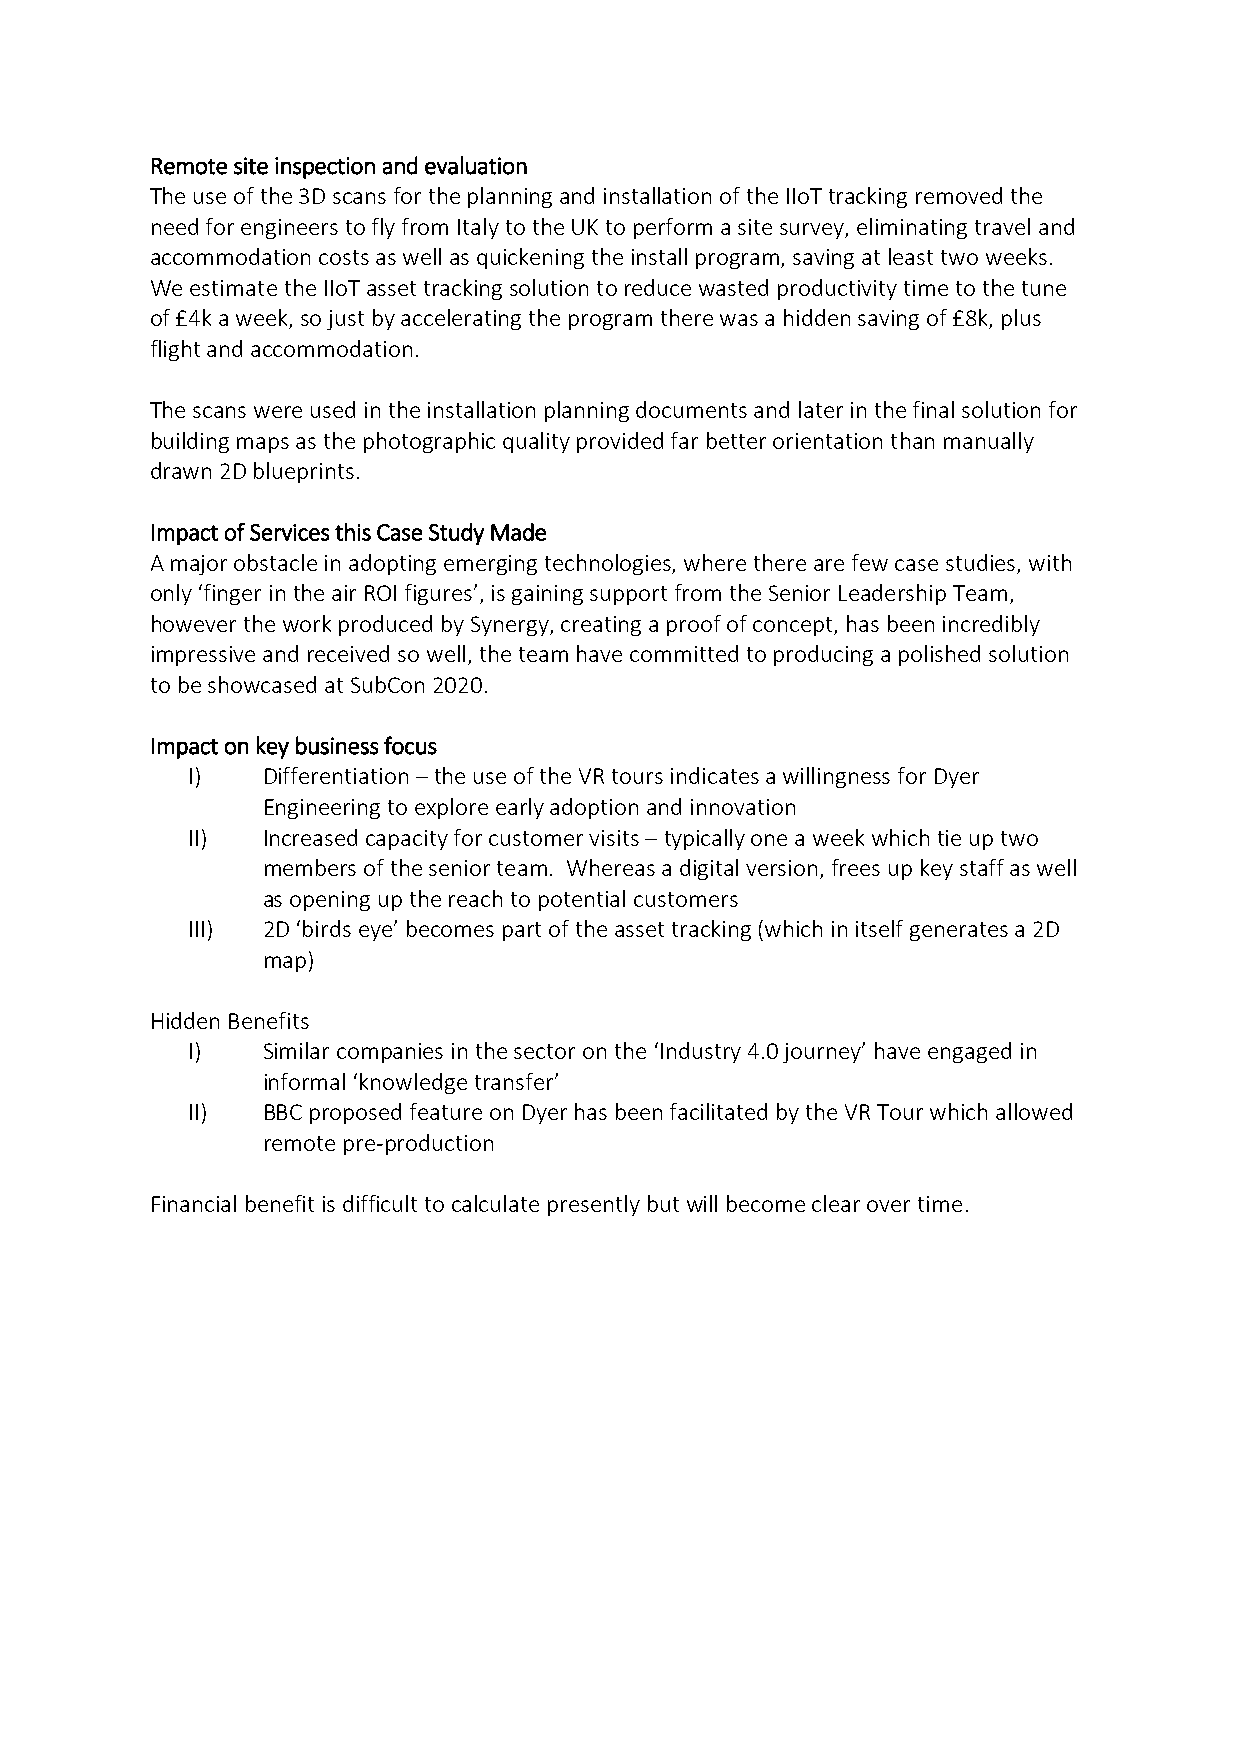
Remote site inspection and evaluation
 The use of the 3D scans for the planning and installation of the IIoT tracking removed the
 need for engineers to fly from Italy to the UK to perform a site survey, eliminating travel and
 accommodation costs as well as quickening the install program, saving at least two weeks.
 We estimate the IIoT asset tracking solution to reduce wasted productivity time to the tune
 of £4k a week, so just by accelerating the program there was a hidden saving of £8k, plus
 flight and accommodation.
 The scans were used in the installation planning documents and later in the final solution for
 building maps as the photographic quality provided far better orientation than manually
 drawn 2D blueprints.
 Impact of Services this Case Study Made
 A major obstacle in adopting emerging technologies, where there are few case studies, with
 only ‘finger in the air ROI figures’, is gaining support from the Senior Leadership Team,
 however the work produced by Synergy, creating a proof of concept, has been incredibly
 impressive and received so well, the team have committed to producing a polished solution
 to be showcased at SubCon 2020.
 Impact on key business focus
 I)   Differentiation – the use of the VR tours indicates a willingness for Dyer
 Engineering to explore early adoption and innovation
 II)  Increased capacity for customer visits – typically one a week which tie up two
 members of the senior team. Whereas a digital version, frees up key staff as well
 as opening up the reach to potential customers
 III) 2D ‘birds eye’ becomes part of the asset tracking (which in itself generates a 2D
 map)
 Hidden Benefits
 I)   Similar companies in the sector on the ‘Industry 4.0 journey’ have engaged in
 informal ‘knowledge transfer’
 II)  BBC proposed feature on Dyer has been facilitated by the VR Tour which allowed
 remote pre-production
 Financial benefit is difficult to calculate presently but will become clear over time.